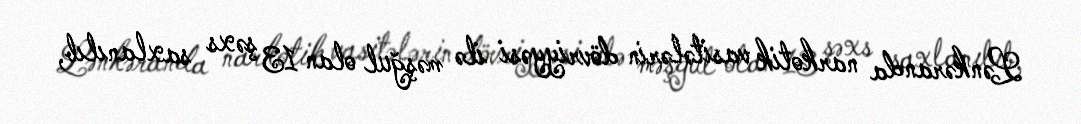
Lənkəranda narkotik vasitələrin dövriyyəsi ilə məşğul olan 13 şəxs saxlanılıb,